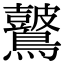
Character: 𪇞